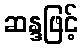
ဆန္ဒဖြင့်